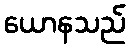
ယောနသည်